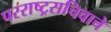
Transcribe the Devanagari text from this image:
परराष्ट्रसचिवाचे